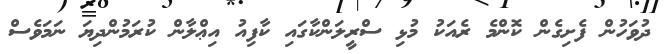
ދުވަހުން ފެށިގެން ކޮންމެ ރެއަކު މުޅި ސްރީލަންކާގައި ކާފިއު އިޢްލާން ކުރަމުންދިޔަ ނަމަވެސް